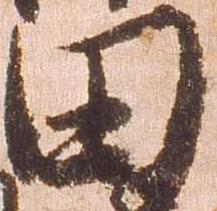
田